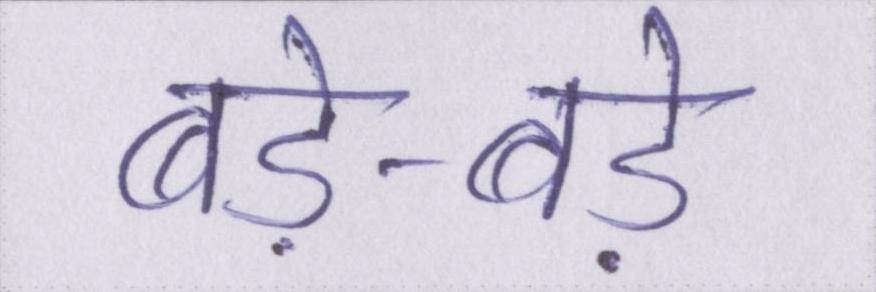
बड़े-बड़े